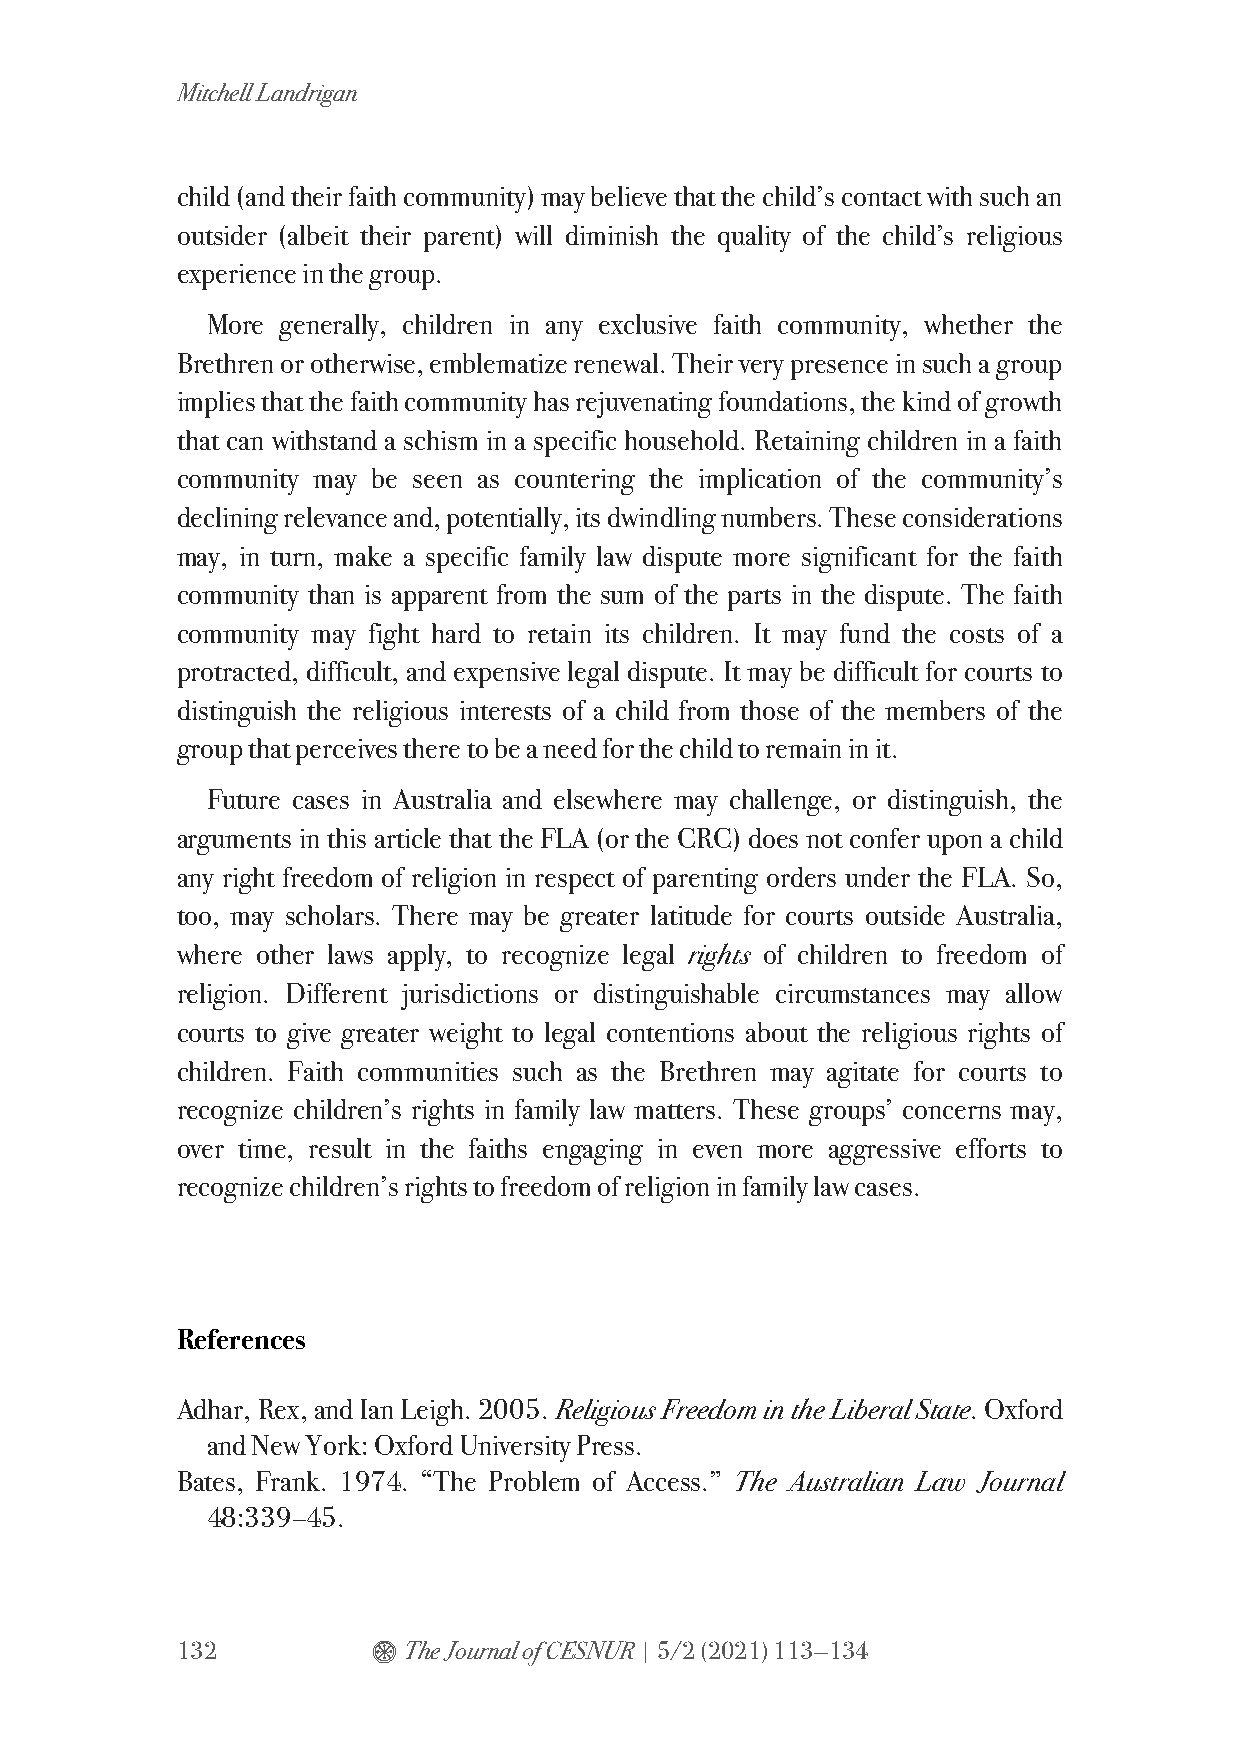
Mitchell Landrigan
 child (and their faith community) may believe that the child’s contact with such an
 outsider (albeit their parent) will diminish the quality of the child’s religious
 experience in the group.
 More generally, children in any exclusive faith community, whether the
 Brethren or otherwise, emblematize renewal. Their very presence in such a group
 implies that the faith community has rejuvenating foundations, the kind of growth
 that can withstand a schism in a specific household. Retaining children in a faith
 community may be seen as countering the implication of the community’s
 declining relevance and, potentially, its dwindling numbers. These considerations
 may, in turn, make a specific family law dispute more significant for the faith
 community than is apparent from the sum of the parts in the dispute. The faith
 community may fight hard to retain its children. It may fund the costs of a
 protracted, difficult, and expensive legal dispute. It may be difficult for courts to
 distinguish the religious interests of a child from those of the members of the
 group that perceives there to be a need for the child to remain in it.
 Future cases in Australia and elsewhere may challenge, or distinguish, the
 arguments in this article that the FLA (or the CRC) does not confer upon a child
 any right freedom of religion in respect of parenting orders under the FLA. So,
 too, may scholars. There may be greater latitude for courts outside Australia,
 where other laws apply, to recognize legal rights of children to freedom of
 religion. Different jurisdictions or distinguishable circumstances may allow
 courts to give greater weight to legal contentions about the religious rights of
 children. Faith communities such as the Brethren may agitate for courts to
 recognize children’s rights in family law matters. These groups’ concerns may,
 over time, result in the faiths engaging in even more aggressive efforts to
 recognize children’s rights to freedom of religion in family law cases.
 References
 Adhar, Rex, and Ian Leigh. 2005. Religious Freedom in the Liberal State. Oxford
 and New York: Oxford University Press.
 Bates, Frank. 1974. “The Problem of Access.” The Australian Law Journal
 48:339–45.
 132          $ The Journal of CESNUR | 5/2 (2021) 113—134